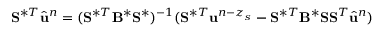
\mathbf { S } ^ { \ast T } \hat { \ensuremath { \mathbf { u } } } ^ { n } = ( \mathbf { S } ^ { \ast T } \mathbf { B } ^ { \ast } \mathbf { S } ^ { \ast } ) ^ { - 1 } ( \mathbf { S } ^ { \ast T } \ensuremath { \mathbf { u } } ^ { n - z _ { s } } - \mathbf { S } ^ { \ast T } \mathbf { B } ^ { \ast } \mathbf { S } \mathbf { S } ^ { T } \hat { \ensuremath { \mathbf { u } } } ^ { n } )